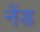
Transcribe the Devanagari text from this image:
नेंड